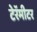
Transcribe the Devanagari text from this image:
टेरॅमीटर